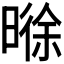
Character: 𬁊